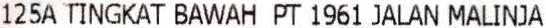
125A TINGKAT BAWAH PT 1961 JALAN MALINJA